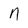
Character: n